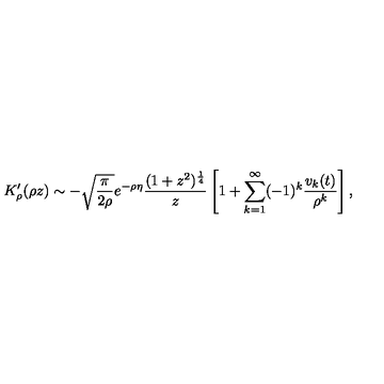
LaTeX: K _ { \rho } ^ { \prime } ( \rho z ) \sim - \sqrt { \frac { \pi } { 2 \rho } } e ^ { - \rho \eta } { \frac { ( 1 + z ^ { 2 } ) ^ { \frac { 1 } { 4 } } } { z } } \left[ 1 + \sum _ { k = 1 } ^ { \infty } ( - 1 ) ^ { k } { \frac { v _ { k } ( t ) } { \rho ^ { k } } } \right] ,